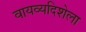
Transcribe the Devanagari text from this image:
वायव्यदिशेला